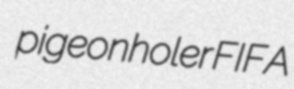
pigeonholer FIFA